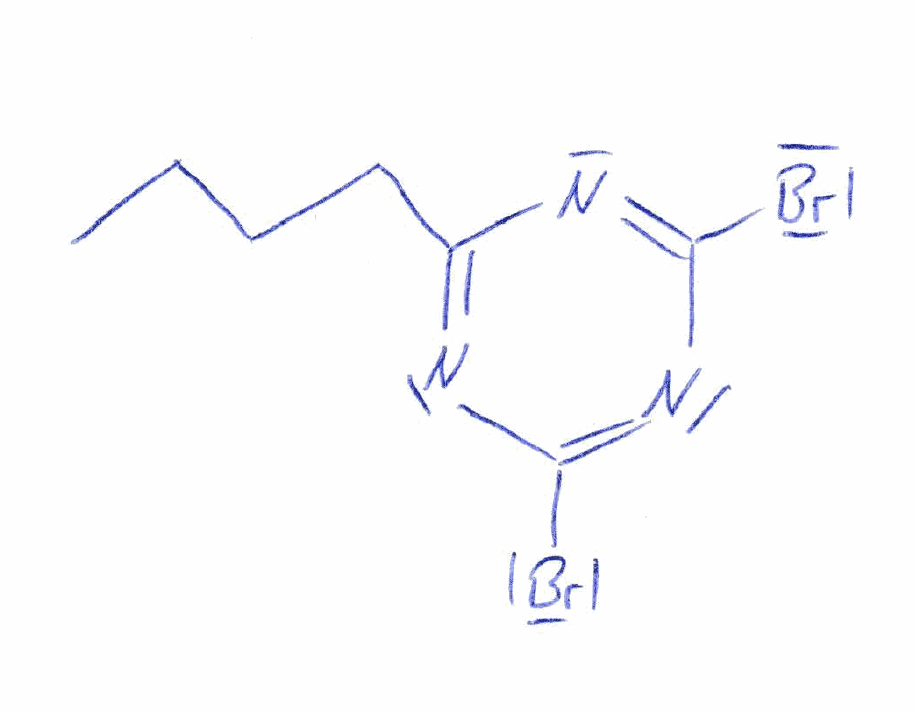
Simplified molecular-input line-entry system (SMILES) notation of the given molecule:
CCCCC1=NC(=NC(=N1)Br)Br